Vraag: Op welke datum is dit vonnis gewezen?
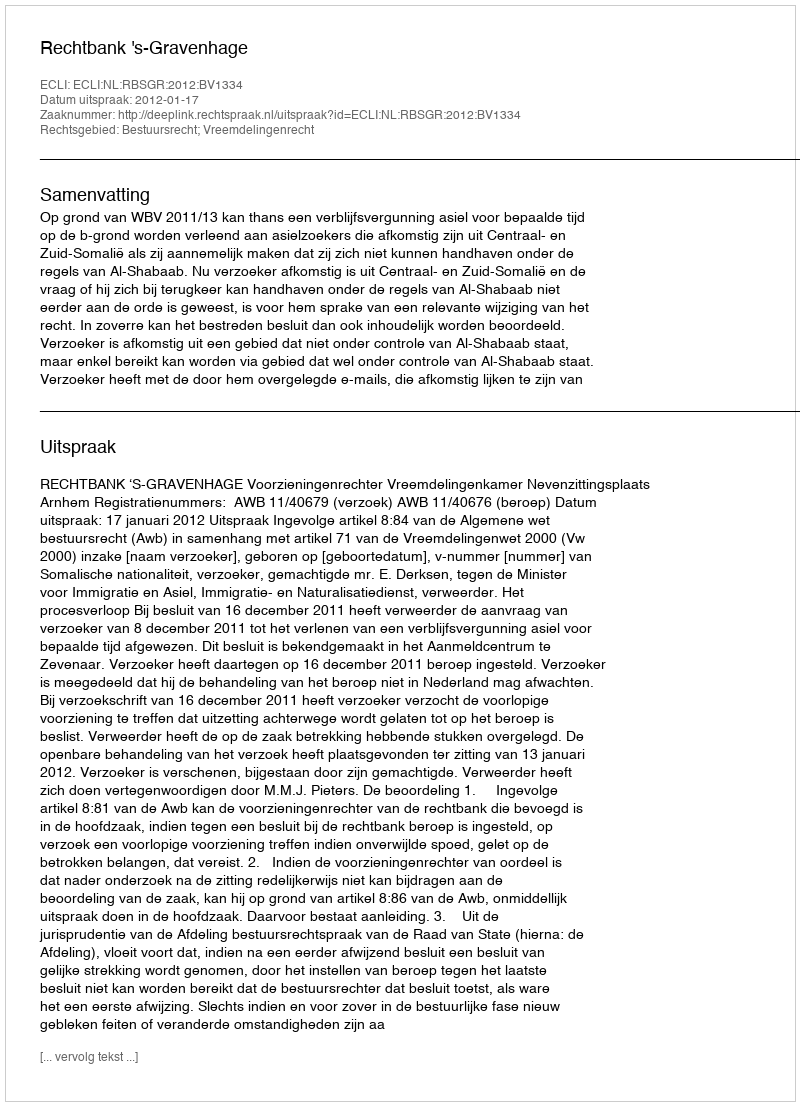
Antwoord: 2012-01-17